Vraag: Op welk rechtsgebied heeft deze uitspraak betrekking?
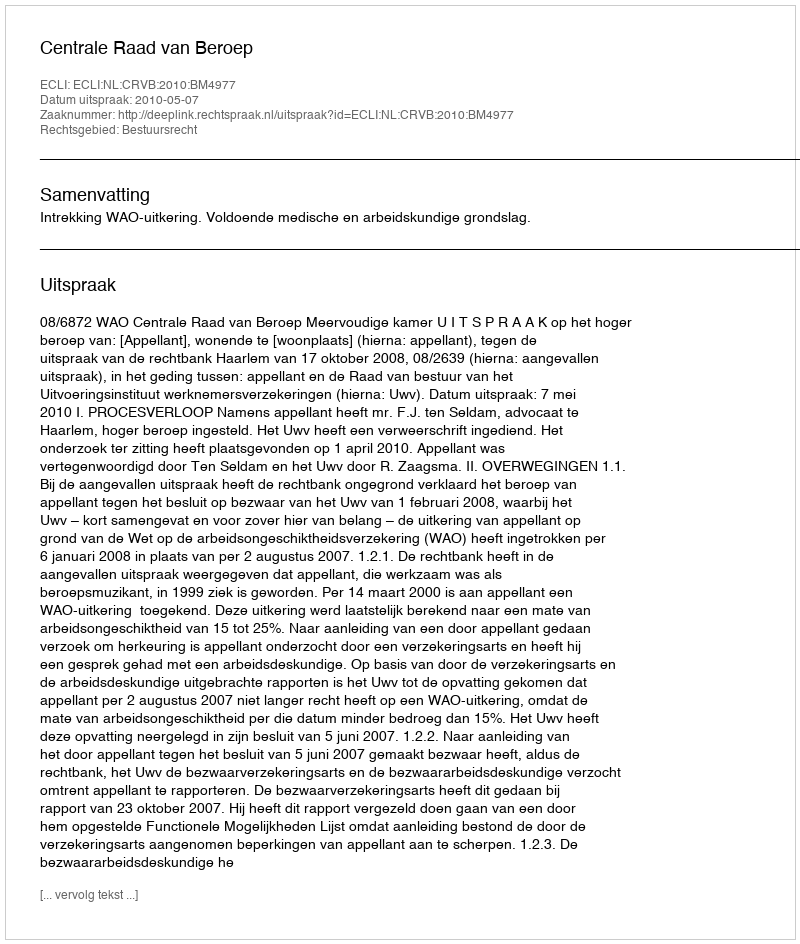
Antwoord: Bestuursrecht